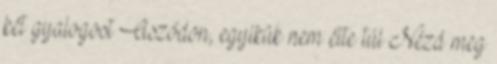
két gyalogost Aszódon, egyikük nem élte túl Nézd meg